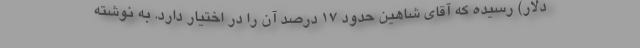
دلار) رسیده که آقای شاهین حدود ۱۷ درصد آن را در اختیار دارد. به نوشته